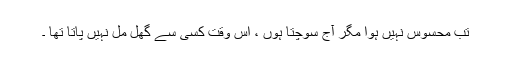
تب محسوس نہیں ہوا مگر آج سوچتا ہوں ، اس وقت کسی سے گھل مل نہیں پاتا تھا ۔